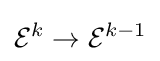
{\mathcal {E}}^{k}\to {\mathcal {E}}^{k-1}